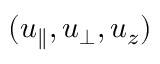
( u _ { \parallel } , u _ { \perp } , u _ { z } )